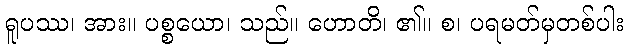
ရူပဿ၊ အား။ ပစ္စယော၊ သည်။ ဟောတိ၊ ၏။ စ၊ ပရမတ်မှတစ်ပါး